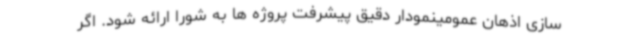
سازی اذهان عمومینمودار دقیق پیشرفت پروژه ها به شورا ارائه شود. اگر